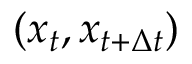
( x _ { t } , x _ { t + \Delta t } )